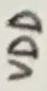
Text: VDD